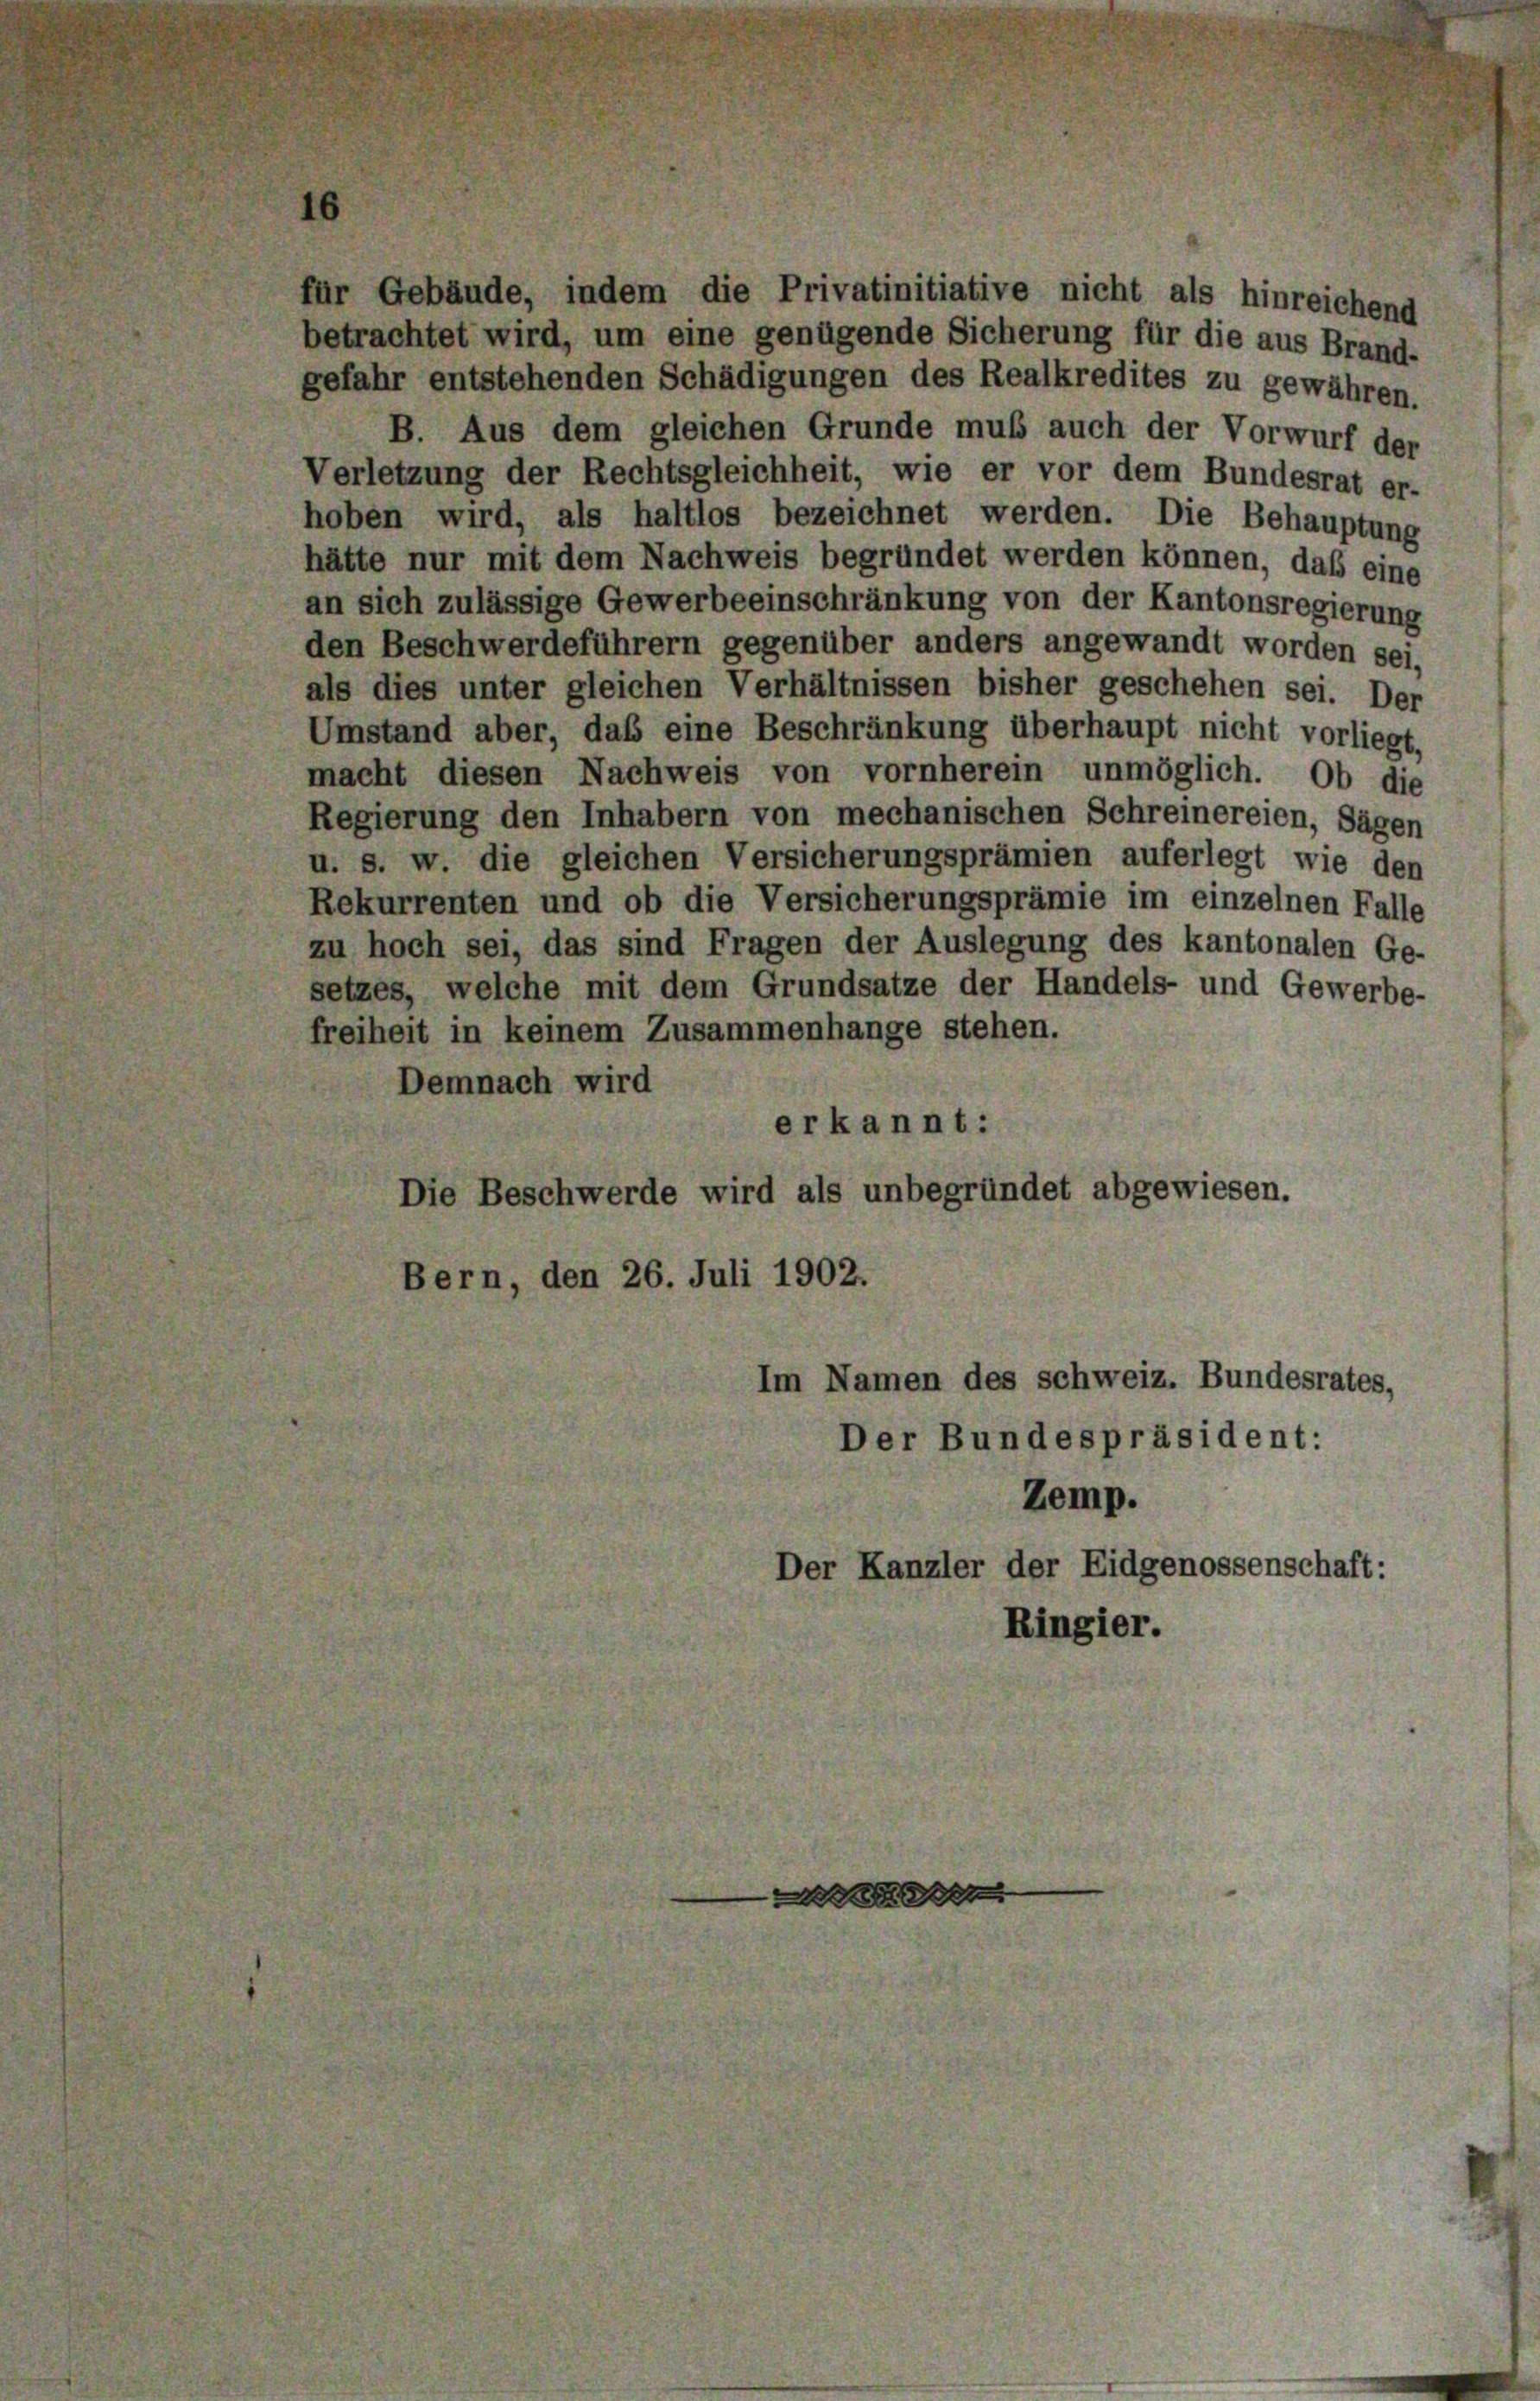
für Gebäude, indem die Privatinitiative nicht als hinreichend
betrachtet wird, um eine genügende Sicherung für die aus Brand-
gefahr entstehenden Schädigungen des Realkredites zu gewähren.
B. Aus dem gleichen Grunde muß auch der Vorwurf der
Verletzung der Rechtsgleichheit, wie er vor dem Bundesrat er-
hoben wird, als haltlos bezeichnet werden. Die Behauptung
hätte nur mit dem Nachweis begründet werden können, daß eine
an sich zulässige Gewerbeeinschränkung von der Kantonsregierung
den Beschwerdeführern gegenüber anders angewandt worden sei,
als dies unter gleichen Verhältnissen bisher geschehen sei. Der
Umstand aber, daß eine Beschränkung überhaupt nicht vorliegt,
macht diesen Nachweis von vornherein unmöglich. Ob die
Regierung den Inhabern von mechanischen Schreinereien, Sägen
u. s. w. die gleichen Versicherungsprämien auferlegt wie den
Rekurrenten und ob die Versicherungsprämie im einzelnen Falle
zu hoch sei, das sind Fragen der Auslegung des kantonalen Ge-
setzes, welche mit dem Grundsätze der Handels- und Gewerbe-
freiheit in keinem Zusammenhänge stehen.
Demnach wird
erkannt:
Die Beschwerde wird als unbegründet abgewiesen.
Bern, den 26. Juli 1902.
Im Namen des schweiz. Bundesrates,
Der Bundespräsident:

Zemp.
Der Kanzler der Eidgenossenschaft:
Ringier.